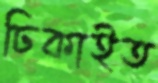
ঢিকাইত